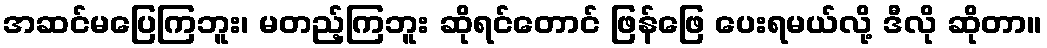
အဆင်မပြေကြဘူး၊ မတည့်ကြဘူး ဆိုရင်တောင် ဖြန်ဖြေ ပေးရမယ်လို့ ဒီလို ဆိုတာ။